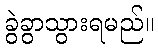
ခွဲခွာသွားရမည်။